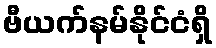
ဗီယက်နမ်နိုင်ငံရှိ